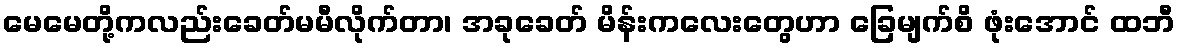
မေမေတို့ကလည်းခေတ်မမီလိုက်တာ၊ အခုခေတ် မိန်းကလေးတွေဟာ ခြေမျက်စိ ဖုံးအောင် ထဘီ